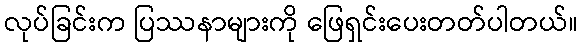
လုပ်ခြင်းက ပြဿနာများကို ဖြေရှင်းပေးတတ်ပါတယ်။